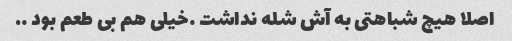
اصلا هیچ شباهتی به آش شله نداشت …خیلی هم بی طعم بود ….